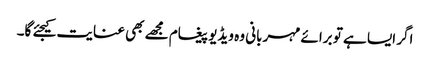
اگر ایسا ہے تو برائے مہربانی وہ ویڈیو پیغام مجھے بھی عنایت کیجئے گا۔